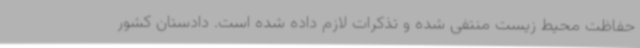
حفاظت محیط زیست منتفی شده و تذکرات لازم داده شده است. دادستان کشور